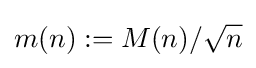
m(n):=M(n)/{\sqrt {n}}